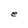
Character: e